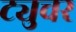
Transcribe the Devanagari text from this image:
ट्युचर